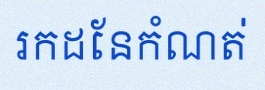
រកដែនកំណត់